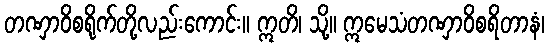
တဏှာဝိစရိုက်တို့လည်းကောင်း။ ဣတိ၊ သို့။ ဣမေသံတဏှာဝိစရိတာနံ၊